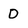
Character: D